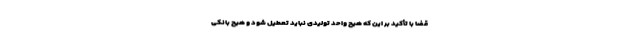
قضا با تأکید بر این که هیچ واحد تولیدی نباید تعطیل شود و هیچ بانکی